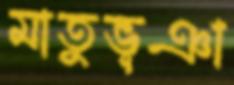
মাতুভূঞা